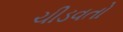
ચીડવતો